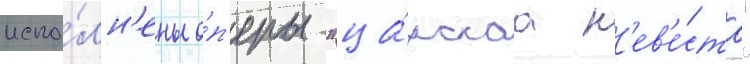
испо́лн'ены о́п'еры "ца́рскаа н'ев'е́ста"